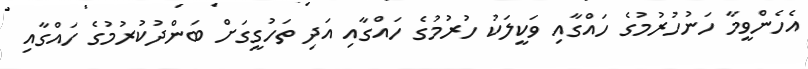
އެހެންވީމާ ހަނުހުރުމުގެ ހައްގާއި ވަކީލަކު ހުރުމުގެ ހައްގާއި އަދި ތަހުގީގަށް ބަންދުކުރުމުގެ ހައްގާއި